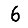
Digit: 6